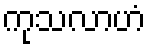
ကုသလာဟံ